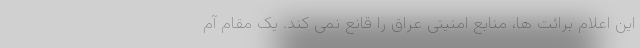
این اعلام برائت ها، منابع امنیتی عراق را قانع نمی کند. یک مقام آم